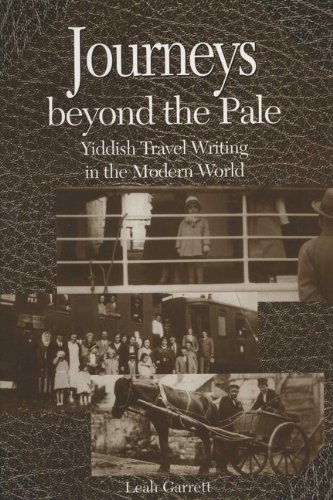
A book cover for Journeys beyond the Pale: Yiddish Travel Writing in the Modern World; Leah Garrett; Travel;